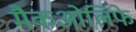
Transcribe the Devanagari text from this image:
मैकओलिफे